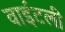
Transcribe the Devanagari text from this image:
वाईटली